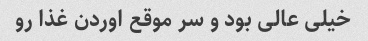
خیلی عالی بود و سر موقع اوردن غذا رو